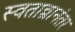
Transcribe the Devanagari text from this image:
स्वतान्त्रानंतर